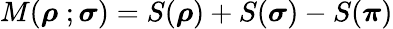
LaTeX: M(\boldsymbol{\rho}\; ;\boldsymbol{\sigma})=S(\boldsymbol{\rho})+S(\boldsymbol{\sigma})-S(\boldsymbol{\pi})